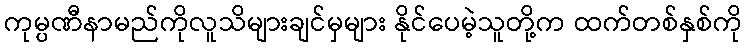
ကုမ္ပဏီနာမည်ကိုလူသိများချင်မှများ နိုင်ပေမဲ့သူတို့က ထက်တစ်နှစ်ကို